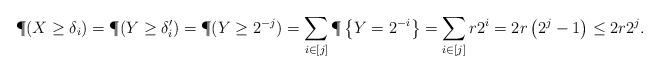
LaTeX: \begin{align*}\P(X \geq \delta_i) &= \P(Y \geq \delta_i') = \P(Y \geq 2^{-j}) = \sum_{i \in [j]} \P\left\{Y = 2^{-i} \right\} = \sum_{i \in [j]} r 2^i = 2r\left( 2^{j} - 1 \right) \leq 2r2^j.\end{align*}